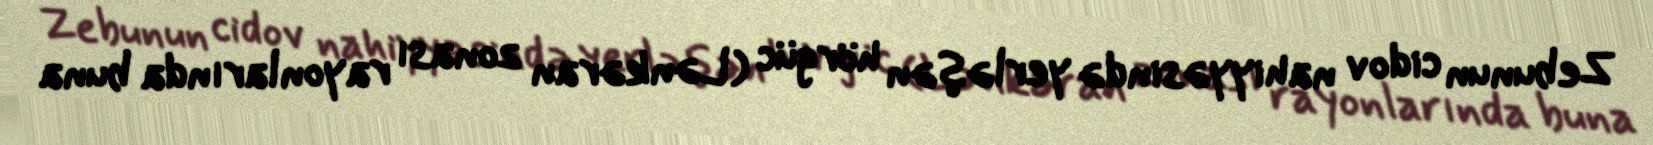
Zebunun cidov nahiyyəsində yerləşən hörgüc (Lənkəran zonası rayonlarında buna